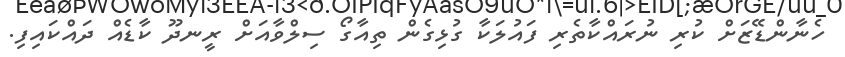
ހެނާންޑޭޒަށް ކުރި ނުރައްކާތެރި ފައުލަކާ ގުޅިގެން ތިއާގޯ ސިލްވާއަށް ރީނދޫ ކާޑެއް ދައްކައިފި.